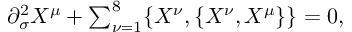
\begin{array} { l c r } { { \partial _ { \sigma } ^ { 2 } X ^ { \mu } + \sum _ { \nu = 1 } ^ { 8 } \{ X ^ { \nu } , \{ X ^ { \nu } , X ^ { \mu } \} \} = 0 , } } \end{array}